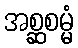
အစ္ဆစမ္မံ